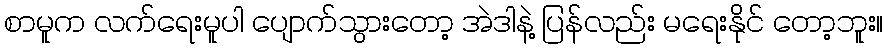
စာမူက လက်ရေးမူပါ ပျောက်သွားတော့ အဲဒါနဲ့ ပြန်လည်း မရေးနိုင် တော့ဘူး။